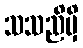
သသညိမှိ